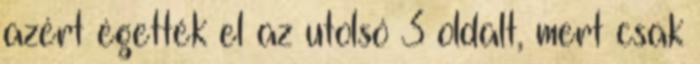
azért égették el az utolsó 3 oldalt, mert csak